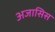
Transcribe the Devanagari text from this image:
अजासिस